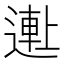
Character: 𬨺